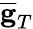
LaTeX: \overline{{\mathbf g}}_{T}